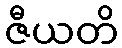
ဇီယတိ